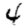
Digit: 4